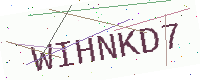
Text: WIHNKD7